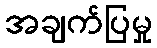
အချက်ပြမှု